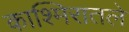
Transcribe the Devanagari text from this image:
काश्मिरातले